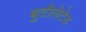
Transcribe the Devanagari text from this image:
बुटीलेटेड